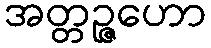
အတ္တဉ္ဇဟော